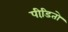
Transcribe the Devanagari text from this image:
पीडि़तो